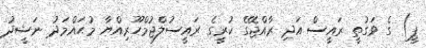
ޕީ) ގެ ވަގުތީ ރައީސް އަދި ރާއްޖޭގެ ކުރީގެ ރައީސުލްޖުމްހޫރިއްޔާ މުޙައްމަދު ނަޝީދު